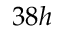
3 8 h